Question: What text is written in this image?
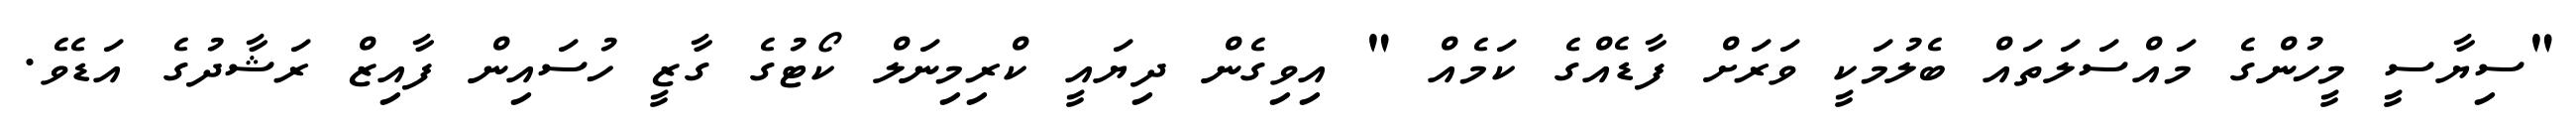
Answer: "ސިޔާސީ މީހުންގެ މައްސަލަތައް ބެލުމަކީ ވަރަށް ފާޑެއްގެ ކަމެއް " އިވިގެން ދިޔައީ ކްރިމިނަލް ކޯޓުގެ ގާޒީ ހުސައިން ފާއިޒް ރަޝާދުގެ އަޑެވެ.